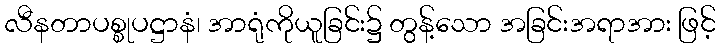
လီနတာပစ္စုပဋ္ဌာနံ၊ အာရုံကိုယူခြင်း၌ တွန့်သော အခြင်းအရာအား ဖြင့်